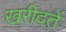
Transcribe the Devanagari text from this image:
खरीदतें